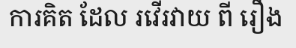
ការគិត ដែល រវើរវាយ ពី រឿង